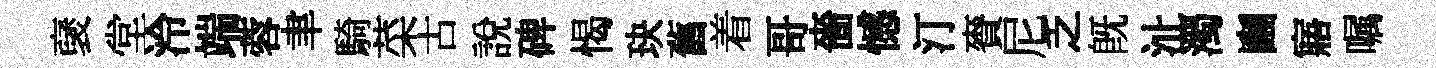
裦堂泠端蓉聿騎菜古說碑愒玦舊着哥嗇憾汀賚尼乏既沚濁豳寤嘱